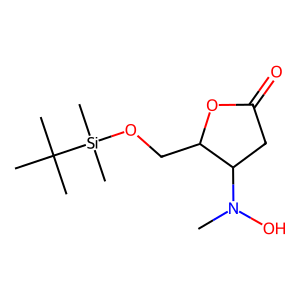
SMILES: CN(O)C1CC(=O)OC1CO[Si](C)(C)C(C)(C)C
Inhibits HIV replication: No